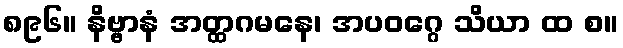
၈၉၆။ နိဗ္ဗာနံ အတ္ထဂမနေ၊ အပဝဂ္ဂေ သိယာ ထ စ။